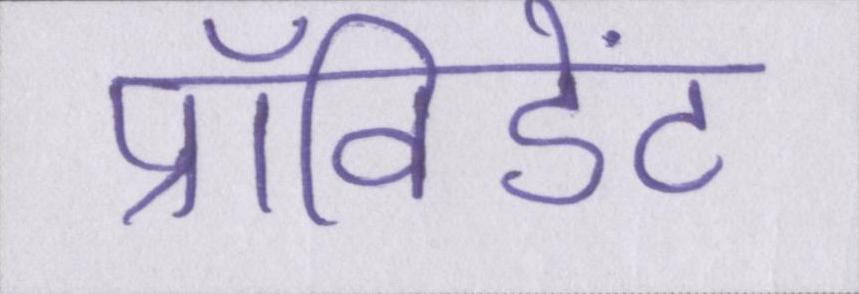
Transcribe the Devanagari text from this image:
प्रॉविडेंट